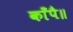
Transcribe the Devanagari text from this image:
काँपै॥